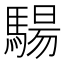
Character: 𩤟